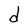
Character: d